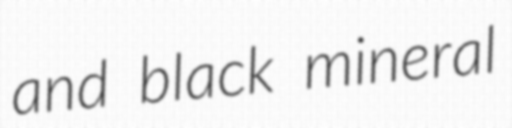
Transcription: and black mineral